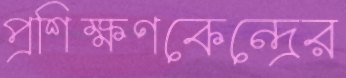
প্রশিক্ষণকেন্দ্রের